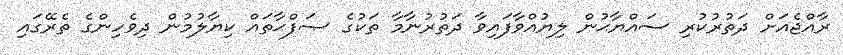
ރާއްޖެއަށް ދަތުރުކުރި ސައްޔާޙުން ލިޔުއްވާފައިވާ ދަތުރުނާމާ ތަކުގެ ޞަފްޙާތައް ކިޔާލުމުން ދިވެހިންގެ ތެރޭގައި